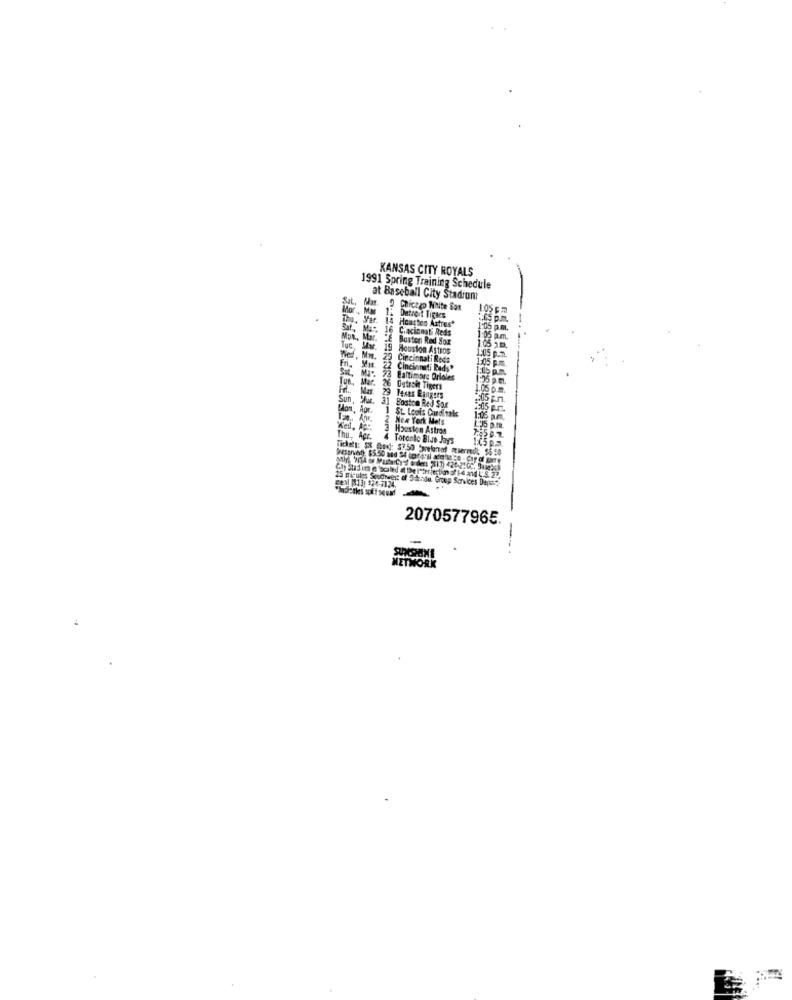
KANSAS CITY ROYALS
1991 Spring Training Schedule
at Baseball City Stadiont
Chicago White Box
1:05 pm
Var.
14 Houston Astres*
Detroit Tigaes
Sat, Mas
Sat, MES. 16 Cincinnati Reds
1:05 pm.
Mon, Mar. "E Boston Red Sox
1:05 p.m.
Tuc Mw.
19 Houston Astros
LEUS P.D.
1.05 10.
23 Cincinnati Reds
1:45 p.m.
Fri,
22
Cincinnati Bads"
Tue.
MI. 23 Baltimore Orioles
1:25 pm.
Mar. 26 Detroit Tigers
Mar. 29 Texas Rangers
05 F.n.
Con, Apr. 1 St. Louis Cardinals
Sun, Mur. 31 Boston Red Sox
2:05 Pm.
2 New York Mets
1:05 p.m.
3 Houston Astros
LJ5 p.m.
Thu, Apr.
Toronto Blue Jays
1:05 p.m.
Tickets: S& brad: 5750 Sprekenaf meiermdl; $6 50
25 micules Soucheest of Ideade Group Services Depost
seal (813) 124-5124
2070577965.
NETWORK